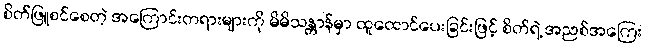
စိတ်ဖြူစင်စေတဲ့ အကြောင်းတရားများကို မိမိသန္တာန်မှာ ထူထောင်ပေးခြင်းဖြင့် စိတ်ရဲ့ အညစ်အကြေး